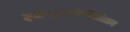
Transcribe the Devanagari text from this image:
इलेक्ट्रोएंकेफैलोग्राम